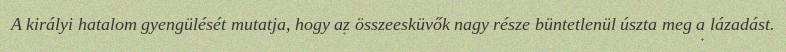
A királyi hatalom gyengülését mutatja, hogy az összeesküvők nagy része büntetlenül úszta meg a lázadást.